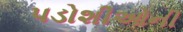
પડોશીઓની